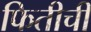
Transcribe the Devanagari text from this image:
फितीची